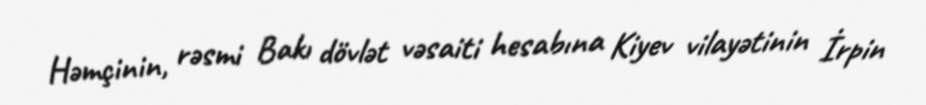
Həmçinin, rəsmi Bakı dövlət vəsaiti hesabına Kiyev vilayətinin İrpin